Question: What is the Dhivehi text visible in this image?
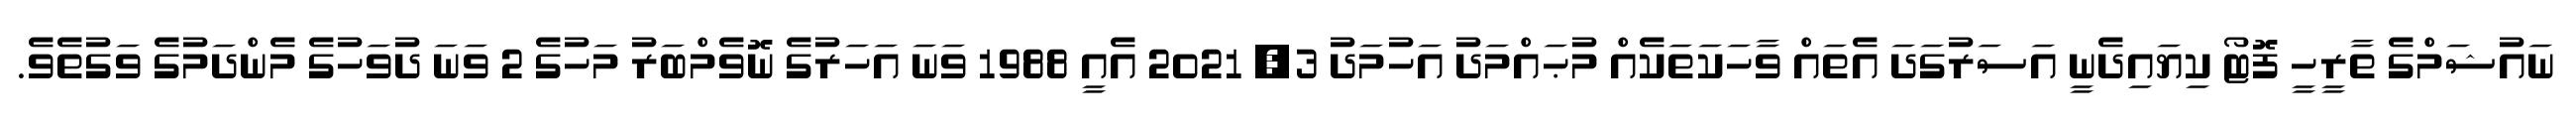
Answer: ނައުޝަމްގެ ތާރީހީ ފޮޓޯ ކިޔައިދެނީ އަސަރުގަދަ އެތައް ވާހަކަތަކެއް މުޙައްމަދު އަހުމަދު 3, 2021 އެއީ 1988 ވަނަ އަހަރުގެ ނޮވެމްބަރު މަހުގެ 2 ވަނަ ދުވަހުގެ މެންދަމުގެ ވަގުތެވެ.